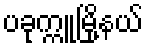
ပခုက္ကူမြို့နယ်